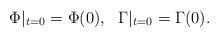
LaTeX: \begin{align*}\Phi|_{t=0}=\Phi(0),\ \ \Gamma|_{t=0}=\Gamma(0).\end{align*}